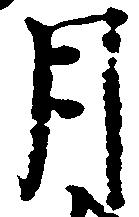
月